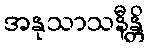
အနုသာသနီန္တိ